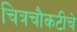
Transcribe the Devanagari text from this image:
चित्रचौकटीचे